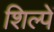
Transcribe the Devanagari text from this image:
शिल्पें